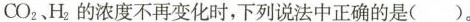
CO_{2}、H_{2}的浓度不再变化时，下列说法中正确的是( )。